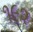
૧૯૨